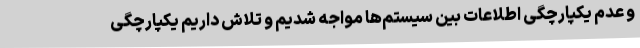
و عدم یکپارچگی اطلاعات بین سیستم‌ها مواجه شدیم و تلاش داریم یکپارچگی